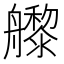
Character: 𬜜